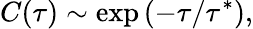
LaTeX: C(\tau)\sim\exp\left(-\tau/\tau^{*}\right),